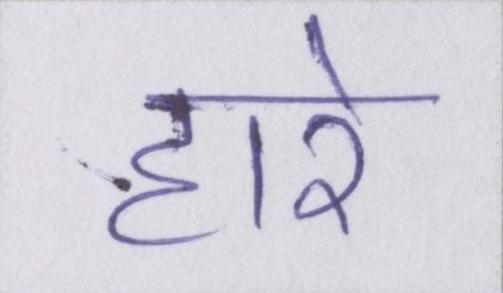
हारे